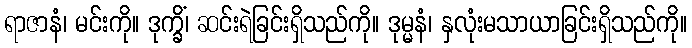
ရာဇာနံ၊ မင်းကို။ ဒုက္ခိံ၊ ဆင်းရဲခြင်းရှိသည်ကို။ ဒုမ္မနံ၊ နှလုံးမသာယာခြင်းရှိသည်ကို။